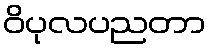
ဝိပုလပညတာ